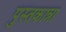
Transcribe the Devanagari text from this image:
पुस्तकान्ना